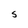
Character: S